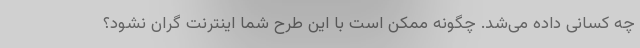
چه کسانی داده می‌شد. چگونه ممکن است با این طرح شما اینترنت گران نشود؟